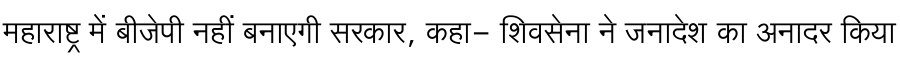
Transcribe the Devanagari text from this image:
महाराष्ट्र में बीजेपी नहीं बनाएगी सरकार, कहा- शिवसेना ने जनादेश का अनादर किया